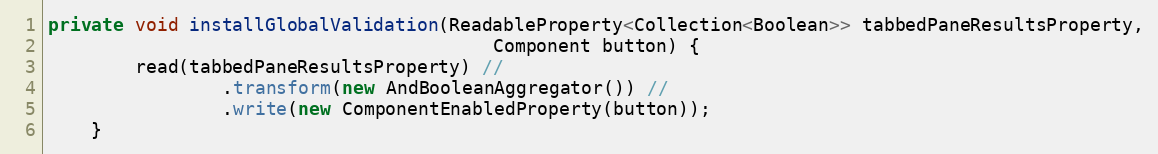
Language: Java
private void installGlobalValidation(ReadableProperty<Collection<Boolean>> tabbedPaneResultsProperty,
                                         Component button) {
        read(tabbedPaneResultsProperty) //
                .transform(new AndBooleanAggregator()) //
                .write(new ComponentEnabledProperty(button));
    }